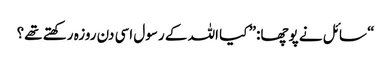
“ سائل نے پوچھا:” کیا اللہ کے رسول اسی دن روزہ رکھتے تھے؟